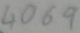
Text: 4069